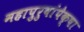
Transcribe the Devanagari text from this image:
महापुरुषांपेक्षा